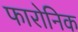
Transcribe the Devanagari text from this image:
फारोनिक